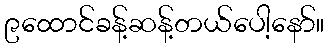
၉ထောင်ခန့်ဆန့်တယ်ပေါ့နော်။